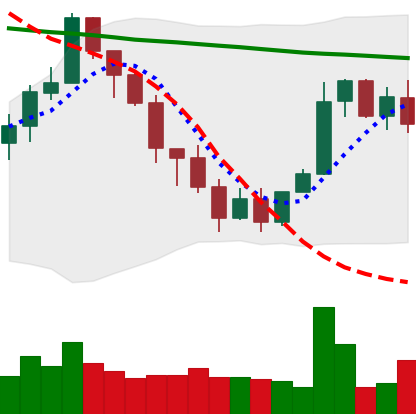
Ticker: XMR-USD
Chart end date: 2022-01-17
Forward return: -29.478%
Label: down_7plus